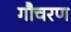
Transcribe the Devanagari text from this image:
गौचरण